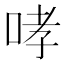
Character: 哮